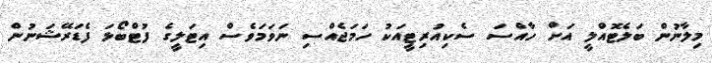
މިލާނުން ބަލެޓޮއްލީ އަށް ހާއްސަ ސެކިއުރިޓީއަކު ހަމަޖެއްސި ނަވަމަވެސް އިޓަލީގެ ފުޓްބޯޅަ ފެޑަރޭޝަނުން